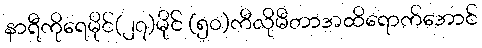
နာရီကိုရေမိုင်(၂၇)မိုင် (၅၀)ကီလိုမီတာအထိရောက်အောင်